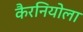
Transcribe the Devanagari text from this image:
कैरनियोला